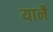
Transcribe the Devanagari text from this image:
यानै